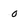
Character: 0